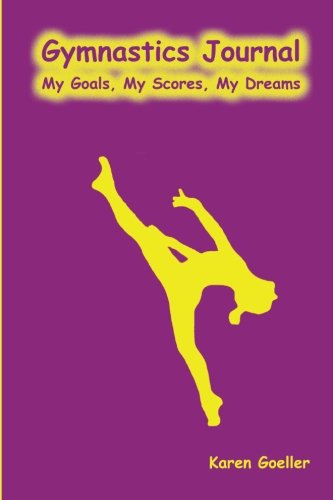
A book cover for Gymnastics Journal: My Scores, My Goals, My Dreams; Karen Goeller; Sports & Outdoors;